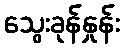
သွေးခုန်နှုန်း